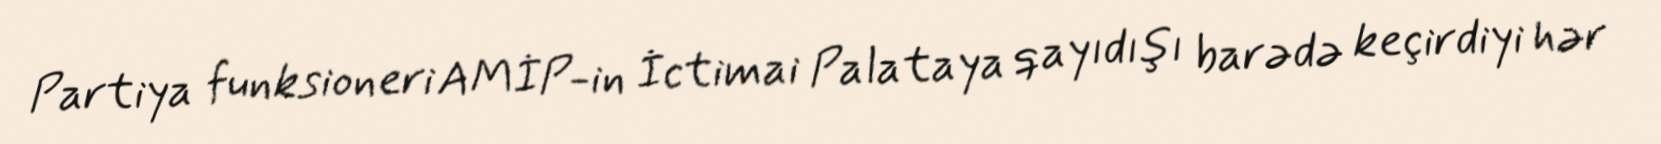
Partiya funksioneri AMİP-in İctimai Palataya qayıdışı barədə keçirdiyi hər